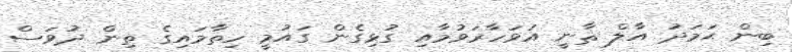
ބިން ޙަމަދު އާލް ޘާނީ އަވަހާރަވުމާއި ގުޅިގެން ގައުމީ ހިތާމައިގެ ތިން ދުވަސް